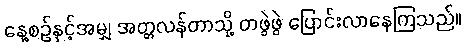
နေ့စဉ်နှင့်အမျှ အတ္တလန်တာသို့ တဖွဲဖွဲ ပြောင်းလာနေကြသည်။